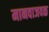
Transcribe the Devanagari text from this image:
मानवाजवळ